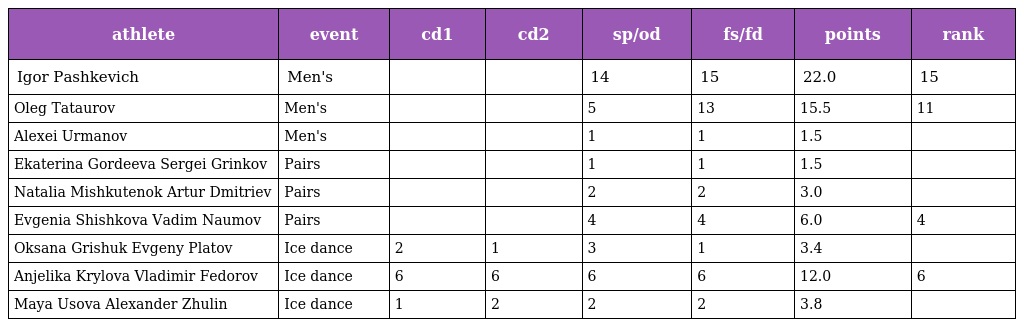
| athlete | event | cd1 | cd2 | sp/od | fs/fd | points | rank |
 | --- | --- | --- | --- | --- | --- | --- | --- |
 | Igor Pashkevich | Men's |  |  | 14 | 15 | 22.0 | 15 |
 | Oleg Tataurov | Men's |  |  | 5 | 13 | 15.5 | 11 |
 | Alexei Urmanov | Men's |  |  | 1 | 1 | 1.5 |  |
 | Ekaterina Gordeeva Sergei Grinkov | Pairs |  |  | 1 | 1 | 1.5 |  |
 | Natalia Mishkutenok Artur Dmitriev | Pairs |  |  | 2 | 2 | 3.0 |  |
 | Evgenia Shishkova Vadim Naumov | Pairs |  |  | 4 | 4 | 6.0 | 4 |
 | Oksana Grishuk Evgeny Platov | Ice dance | 2 | 1 | 3 | 1 | 3.4 |  |
 | Anjelika Krylova Vladimir Fedorov | Ice dance | 6 | 6 | 6 | 6 | 12.0 | 6 |
 | Maya Usova Alexander Zhulin | Ice dance | 1 | 2 | 2 | 2 | 3.8 |  |